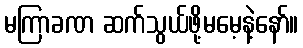
မကြာခဏ ဆက်သွယ်ဖို့မမေ့နဲ့နော်။